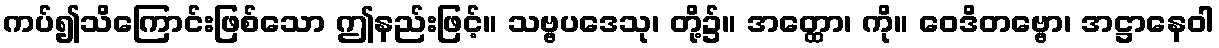
ကပ်၍သိကြောင်းဖြစ်သော ဤနည်းဖြင့်။ သဗ္ဗပဒေသု၊ တို့၌။ အတ္ထော၊ ကို။ ဝေဒိတဗ္ဗော၊ အဋ္ဌာနေဝါ